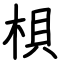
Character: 梖